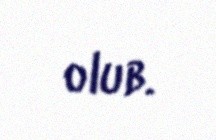
olub.